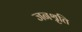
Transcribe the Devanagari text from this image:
जनश्रृति